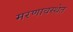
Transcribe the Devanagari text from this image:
मरणावस्थेत